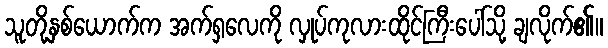
သူတို့နှစ်ယောက်က အက်ရှလေကို လှုပ်ကုလားထိုင်ကြီးပေါ်သို့ ချလိုက်၏။